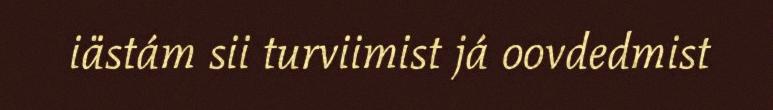
iästám sii turviimist já oovdedmist